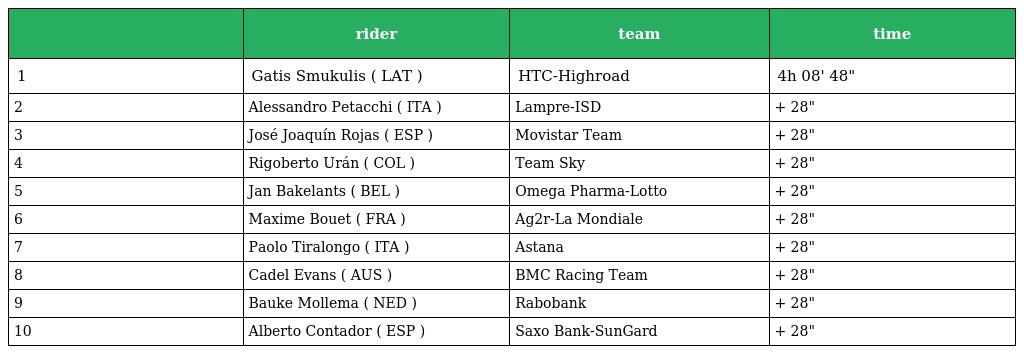
|  | rider | team | time |
 | --- | --- | --- | --- |
 | 1 | Gatis Smukulis ( LAT ) | HTC-Highroad | 4h 08' 48" |
 | 2 | Alessandro Petacchi ( ITA ) | Lampre-ISD | + 28" |
 | 3 | José Joaquín Rojas ( ESP ) | Movistar Team | + 28" |
 | 4 | Rigoberto Urán ( COL ) | Team Sky | + 28" |
 | 5 | Jan Bakelants ( BEL ) | Omega Pharma-Lotto | + 28" |
 | 6 | Maxime Bouet ( FRA ) | Ag2r-La Mondiale | + 28" |
 | 7 | Paolo Tiralongo ( ITA ) | Astana | + 28" |
 | 8 | Cadel Evans ( AUS ) | BMC Racing Team | + 28" |
 | 9 | Bauke Mollema ( NED ) | Rabobank | + 28" |
 | 10 | Alberto Contador ( ESP ) | Saxo Bank-SunGard | + 28" |